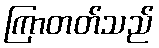
ကြာတတ်သည်